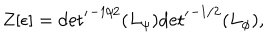
Z [ \epsilon ] = { { \det } ^ { \prime } } ^ { - 1 / 2 } ( L _ { \psi } ) { { \det } ^ { \prime } } ^ { - 1 / 2 } ( L _ { \phi } ) ,